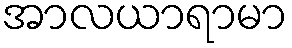
အာလယာရာမာ